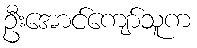
ဦးအောင်ကျော်သူက